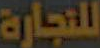
للتجارة